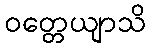
ဝတ္တေယျာသိ